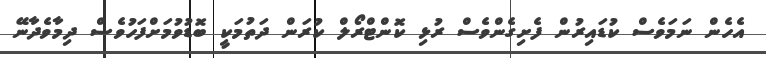
އެހެން ނަމަވެސް ކުޑައިރުން ފެށިގެންވެސް ރުޅި ކޮންޓްރޯލް ކުރަން ދަތުމަކީ ބޮޑުވުމަށްފަހުވެސް ދިމާވެދާނޭ